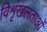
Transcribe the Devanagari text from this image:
विशृंखलताओं